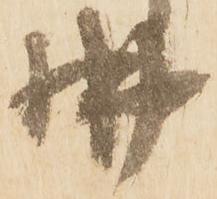
拂